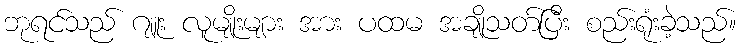
ဘုရင်သည် ဂျူး လူမျိုးများ အား ပထမ အချိုသတ်ပြီး စည်းရုံးခဲ့သည်။